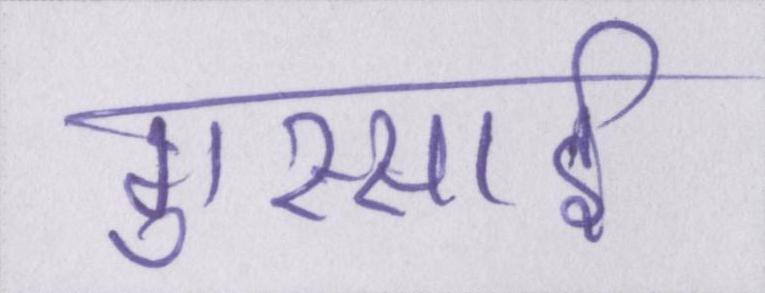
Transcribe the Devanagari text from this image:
गुस्साई